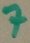
Text: 7